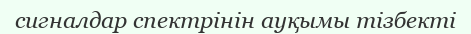
сигналдар спектрінін ауқымы тізбекті